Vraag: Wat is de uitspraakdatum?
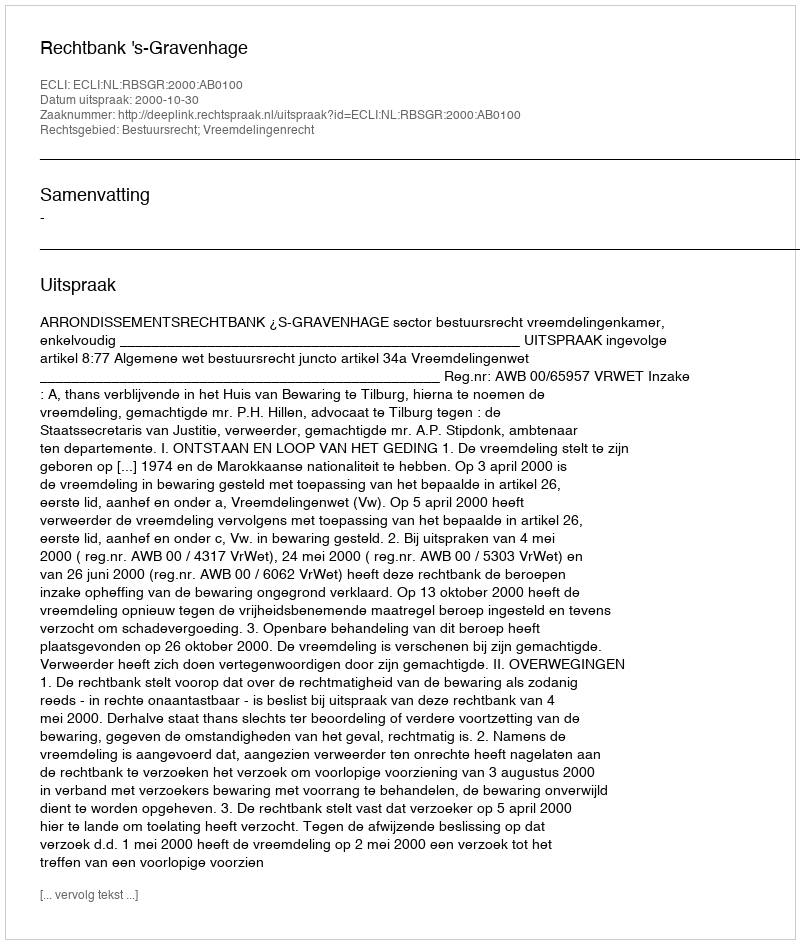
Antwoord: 2000-10-30